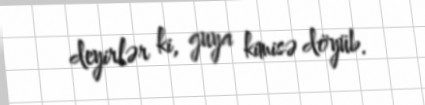
deyirlər ki, guya kimisə döyüb.